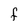
Character: f